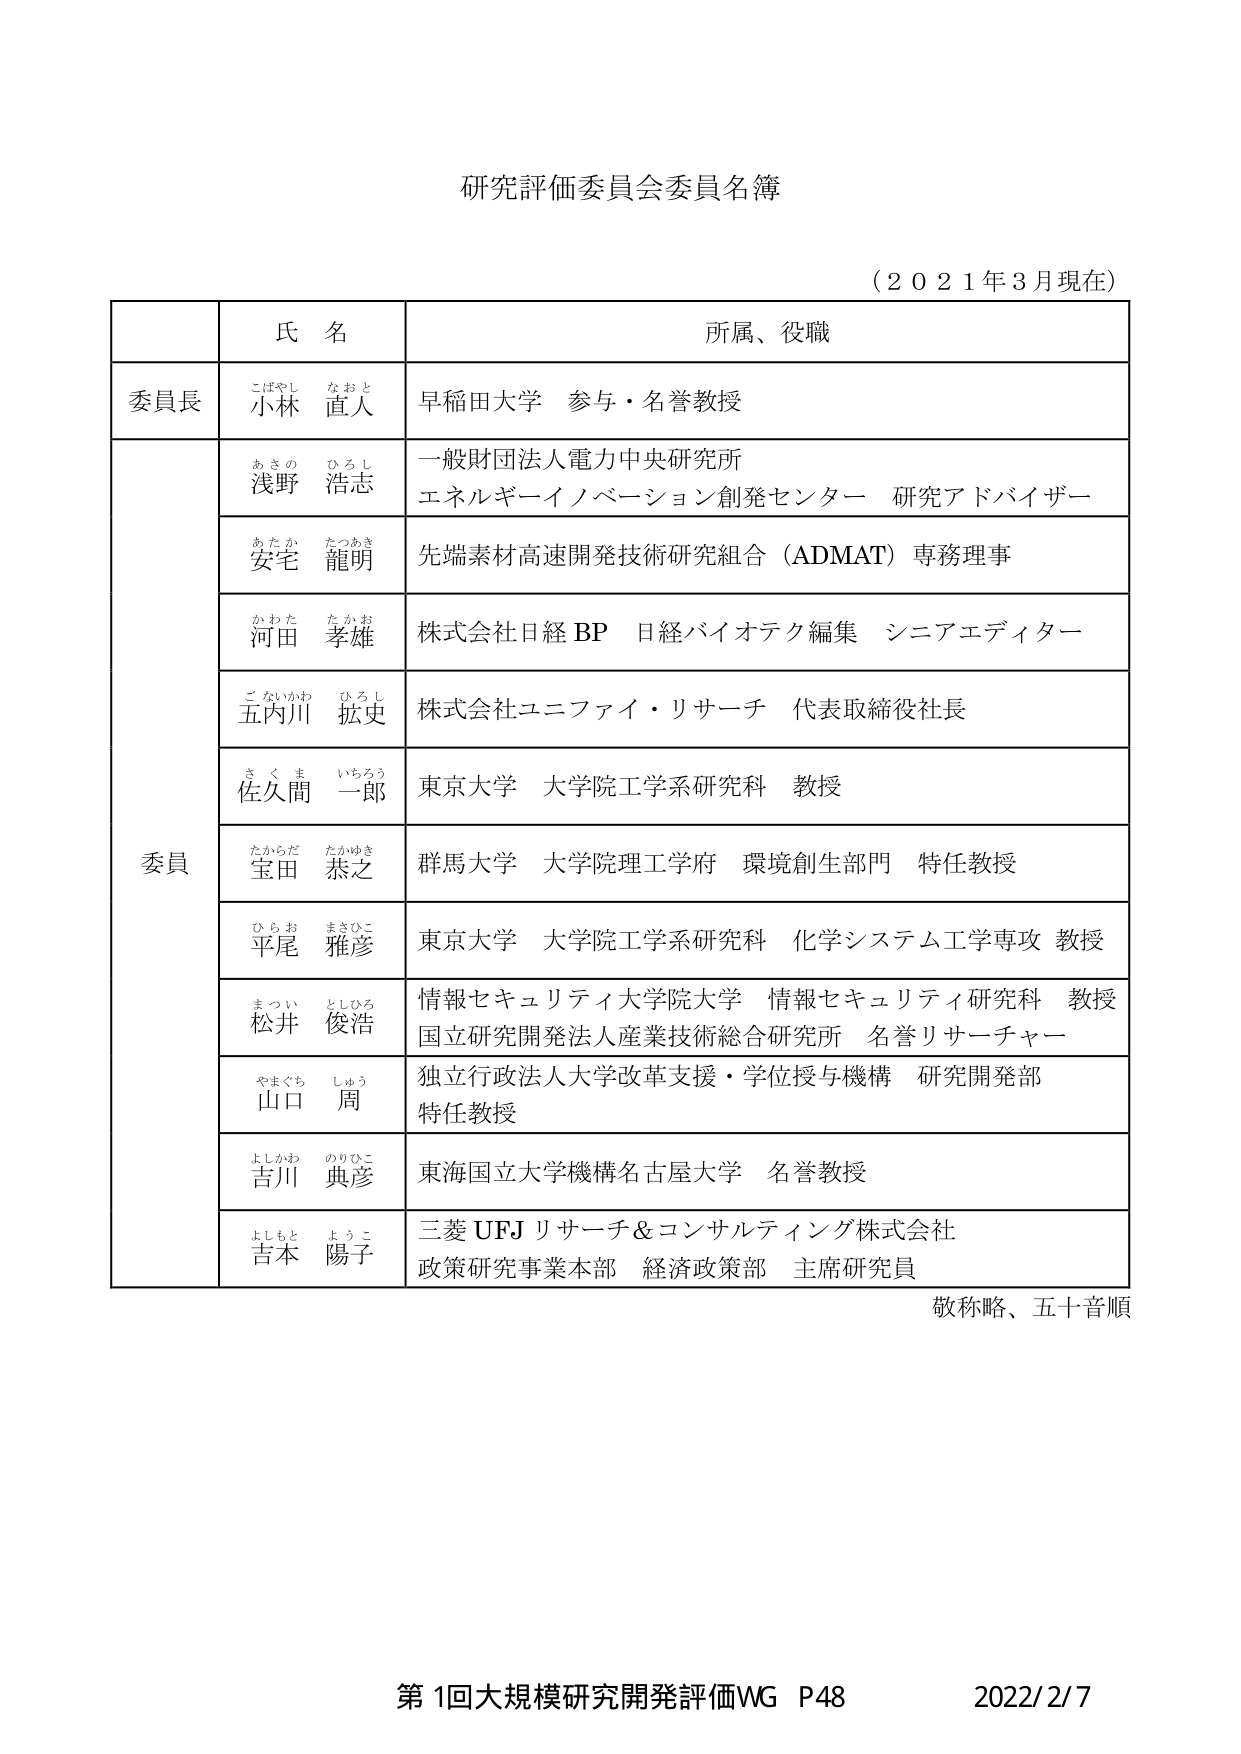
研究評価委員会委員名簿

（２０２１年３月現在）

氏 名　　　　　　　　　　　　　　　　　　　所属、役職

委員長　　こばやし　なおと　　　　　　　　早稲田大学　参与・名誉教授
　　　　　小林　直人

委員　　あさの　ひろし　　　　　　　　　　一般財団法人電力中央研究所
　　　　　浅野　浩志　　　　　　　　　　　エネルギーイノベーション創発センター　研究アドバイザー

　　　　あたか　たつあき　　　　　　　　　　先端素材高速開発技術研究組合（ADMAT）専務理事
　　　　　安宅　龍明

　　　　かわた　たかお　　　　　　　　　　株式会社日経 BP　日経バイオテク編集　シニアエディター
　　　　　河田　孝雄

　　　　ごないかわ　ひろし　　　　　　　　株式会社ユニファイ・リサーチ　代表取締役社長
　　　　　五内川　拡史

　　　　さくま　いちろう　　　　　　　　　　東京大学　大学院工学系研究科　教授
　　　　　佐久間　一郎

　　　　たからだ　たかゆき　　　　　　　　群馬大学　大学院理工学府　環境創生部門　特任教授
　　　　　宝田　恭之

　　　　ひらお　まさひこ　　　　　　　　　　東京大学　大学院工学系研究科　化学システム工学専攻　教授
　　　　　平尾　雅彦

　　　　まつい　としひろ　　　　　　　　　　情報セキュリティ大学院大学　情報セキュリティ研究科　教授
　　　　　松井　俊浩　　　　　　　　　　　　国立研究開発法人産業技術総合研究所　名誉リサーチャー

　　　　やまぐち　しゅう　　　　　　　　　　独立行政法人大学改革支援・学位授与機構　研究開発部
　　　　　山口　周　　　　　　　　　　　　　特任教授

　　　　よしかわ　のりひこ　　　　　　　　東海国立大学機構名古屋大学　名誉教授
　　　　　吉川　典彦

　　　　よしもと　ようこ　　　　　　　　　　三菱 UFJ リサーチ＆コンサルティング株式会社
　　　　　吉本　陽子　　　　　　　　　　　　政策研究事業本部　経済政策部　主席研究員

敬称略、五十音順

第1回大規模研究開発評価WG P48　　　　　　　　2022/2/7